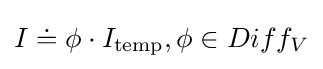
I\doteq \phi \cdot I_{\mathrm {temp} },\phi \in Diff_{V}